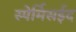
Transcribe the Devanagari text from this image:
स्पेर्मिसईद